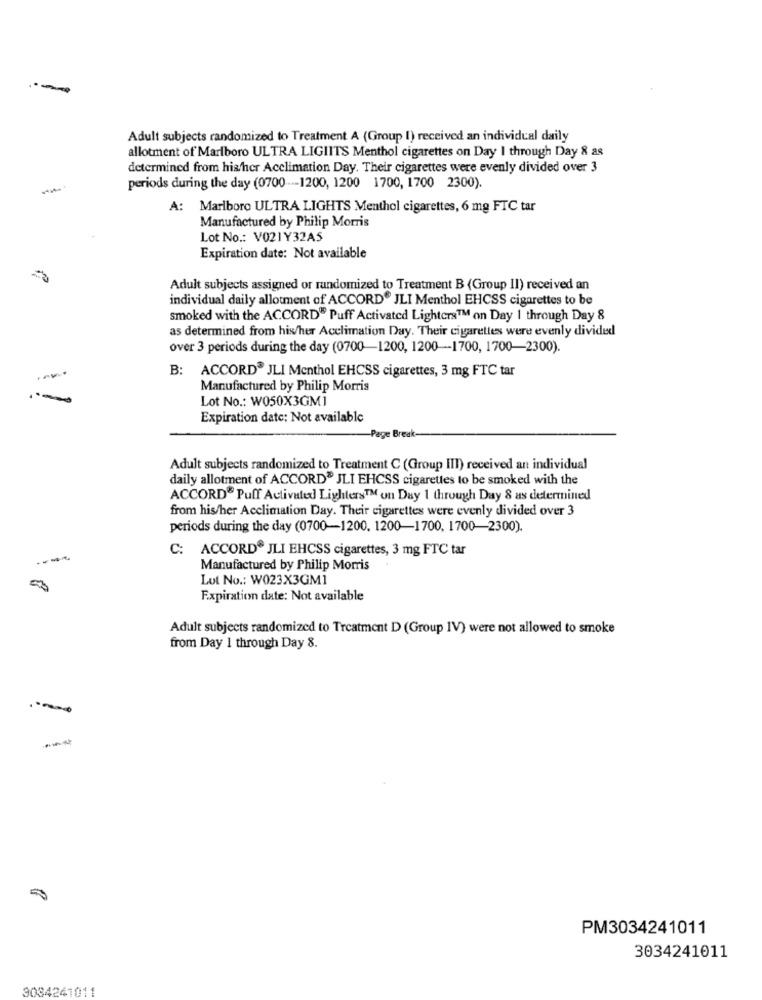
Adult subjects randomized to Treatment A (Group I) received an individual daily
allotment of Marlboro ULTRA LIGIITS Menthol cigarettes on Day I through Day & as
determined from hisher Acclimation Day. Their cigarettes were evenly divided over 3
periods during the day (0700 -- 1200, 1200 1700, 1700 2300).
A: Marlboro ULTRA LIGHTS Menthol cigarettes, 6 mg FTC tar
Manufactured by Philip Morris
Lot No .: V021Y32A5
Expiration date: Not available
Adult subjects assigned or randomized to Treatment B (Group II) received an
individual daily allotment of ACCORD® JLI Menthol EHCSS cigarettes to be
smoked with the ACCORD" Puff Activated Lighters™ on Day 1 through Day 8
as determined from his/her Acclimation Day. Their cigarettes were evenly divided
over 3 periods during the day (0700-1200, 1200-1700, 1700-2300).
B: ACCORD® JLI Menthol EHCSS cigarettes, 3 mg FTC tar
Manufactured by Philip Morris
Lot No .: W050X3GM1
Expiration date: Not available
-Page Break-
Adult subjects randomized to Treatment C (Group III) received an individual
daily allotment of ACCORD® JLI EHCSS cigarettes to be smoked with the
ACCORD® Puff Activated Lighters™ on Day 1 through Day 8 as determined
from his/her Acclimation Day. Their cigarettes were evenly divided over 3
periods during the day (0700-1200. 1200-1700, 1700-2300).
C: ACCORD® JLI EHCSS cigarettes, 3 mg FTC tar
Manufactured by Philip Morris
Lut No .: W023X3GM1
Expiration date: Not available
Adult subjects randomized to Treatment D (Group IV) were not allowed to smoke
from Day 1 through Day 8.
1
PM3034241011
3034241011
3034241011